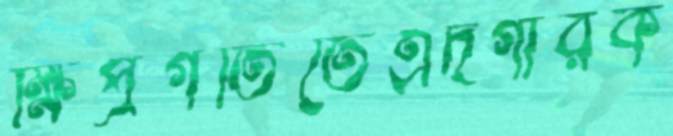
ক্ষিপ্রগতিতেএদগারক